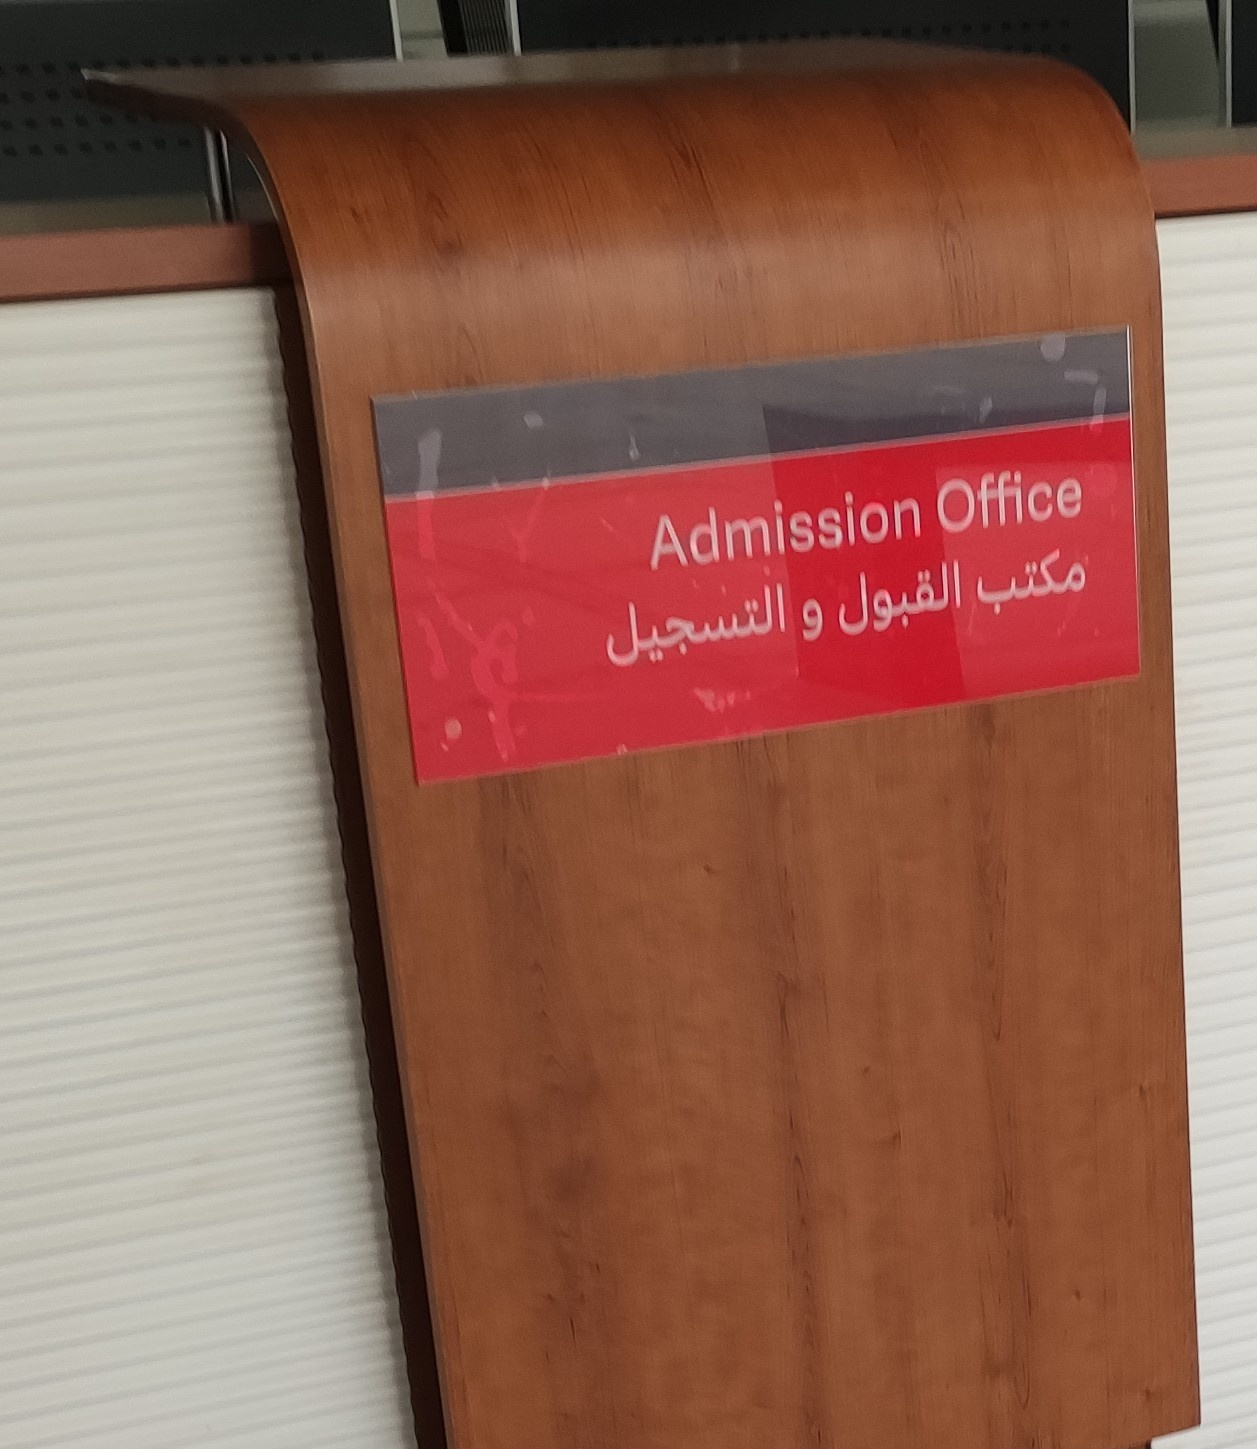
Text in image: مكتب القبول والتسجيل Office Admission